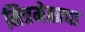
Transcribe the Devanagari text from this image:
मित्रमेळाचा